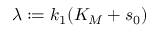
\lambda : = k _ { 1 } ( K _ { M } + s _ { 0 } )